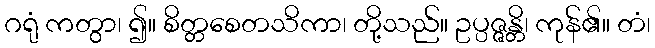
ဂရုံ ကတွာ၊ ၍။ စိတ္တစေတသိကာ၊ တို့သည်။ ဥပ္ပဇ္ဇန္တိ၊ ကုန်၏။ တံ၊